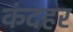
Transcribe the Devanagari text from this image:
कंदहर